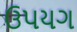
ઉપયગ